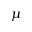
\mu